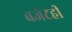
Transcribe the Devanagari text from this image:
बजेटही